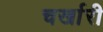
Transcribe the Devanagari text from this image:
चर्खारी